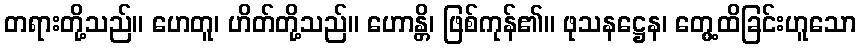
တရားတို့သည်။ ဟေတူ၊ ဟိတ်တို့သည်။ ဟောန္တိ၊ ဖြစ်ကုန်၏။ ဖုသနဋ္ဌေန၊ တွေ့ထိခြင်းဟူသော